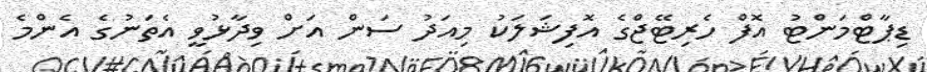
ޑިޕާޓްމަންޓު އޮފް ހެރިޓޭޖްގެ އޮފިޝަލަކު މިއަދު ސަން އަށް ވިދާޅުވީ އެތަނުގެ އެންމެ